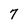
Character: 7